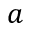
a